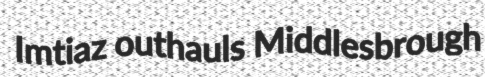
Imtiaz outhauls Middlesbrough